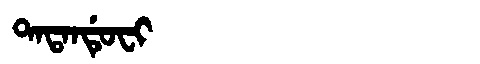
Manchu: ᡨᠠᡨᠠᠨᡩᡠᠸᡳ
Romanization: TATANDUFI